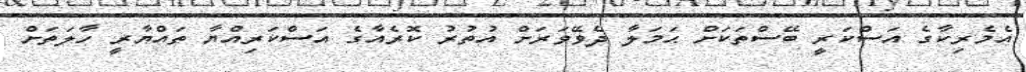
އެމެރިކާގެ އަސްކަރީ ބޭސްތަކަށް ޙަމަލާ ދެވޭވަރަށް އުތުރު ކޮރެއާގެ އަސްކަރިއްޔާ ތައްޔާރީ ހާލަތަށް